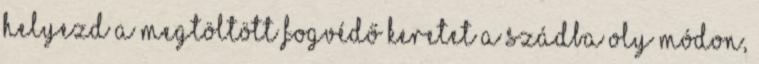
Helyezd a megtöltött fogvédő keretet a szádba oly módon,